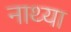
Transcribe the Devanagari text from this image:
नाथ्या